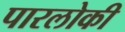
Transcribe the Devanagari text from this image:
पारलोकी